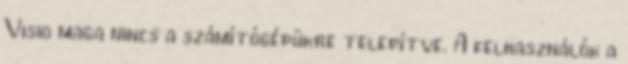
Visio maga nincs a számítógépükre telepítve. A felhasználók a